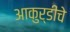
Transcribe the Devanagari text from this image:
आकुर्डीचे